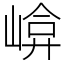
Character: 𡹮